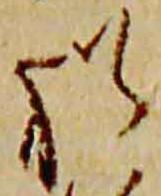
猶